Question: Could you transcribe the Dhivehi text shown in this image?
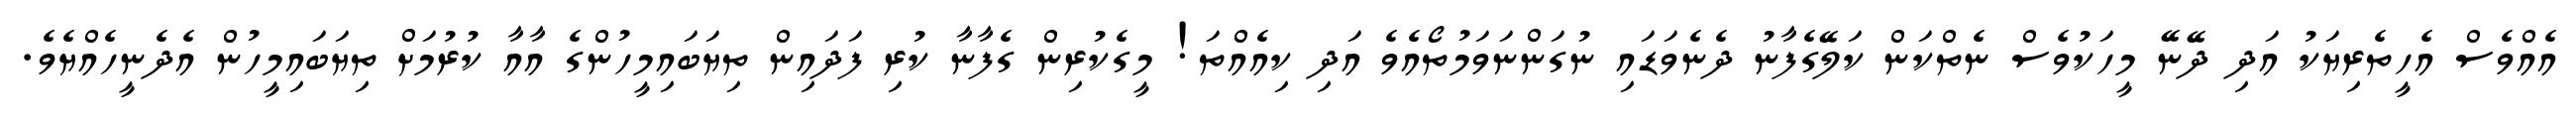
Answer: އެއްވެސް އެހީތެރިޔަކު އަދި ދޭނޭ މީހަކުވެސް ނެތްކަން ކަލޭގެފާނު ދެނެވަޑައި ނުގަންނަވަމުތޯއެވެ އަދި ކިއެއްތަ! މީގެކުރިން ގެފާނާ ކުރި ފަދައިން ތިޔަބައިމީހުންގެ އާއާ ކުރުމަށް ތިޔަބައިމީހުން އެދެނީހެއްޔެވެ.